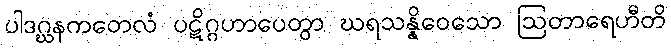
ပါဒဂ္ဃနကတေလံ ပဋိဂ္ဂဟာပေတွာ ဃရသန္နိဝေသော ဩတာရေဟီတိ